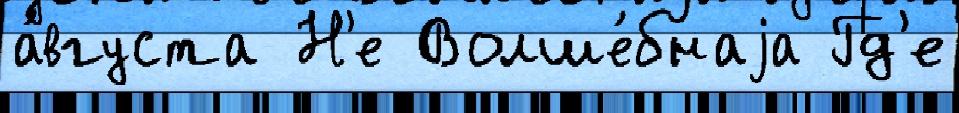
а́вгуста Н'е Волше́бнаjа Гд'е